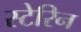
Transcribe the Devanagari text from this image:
स्टेरिन